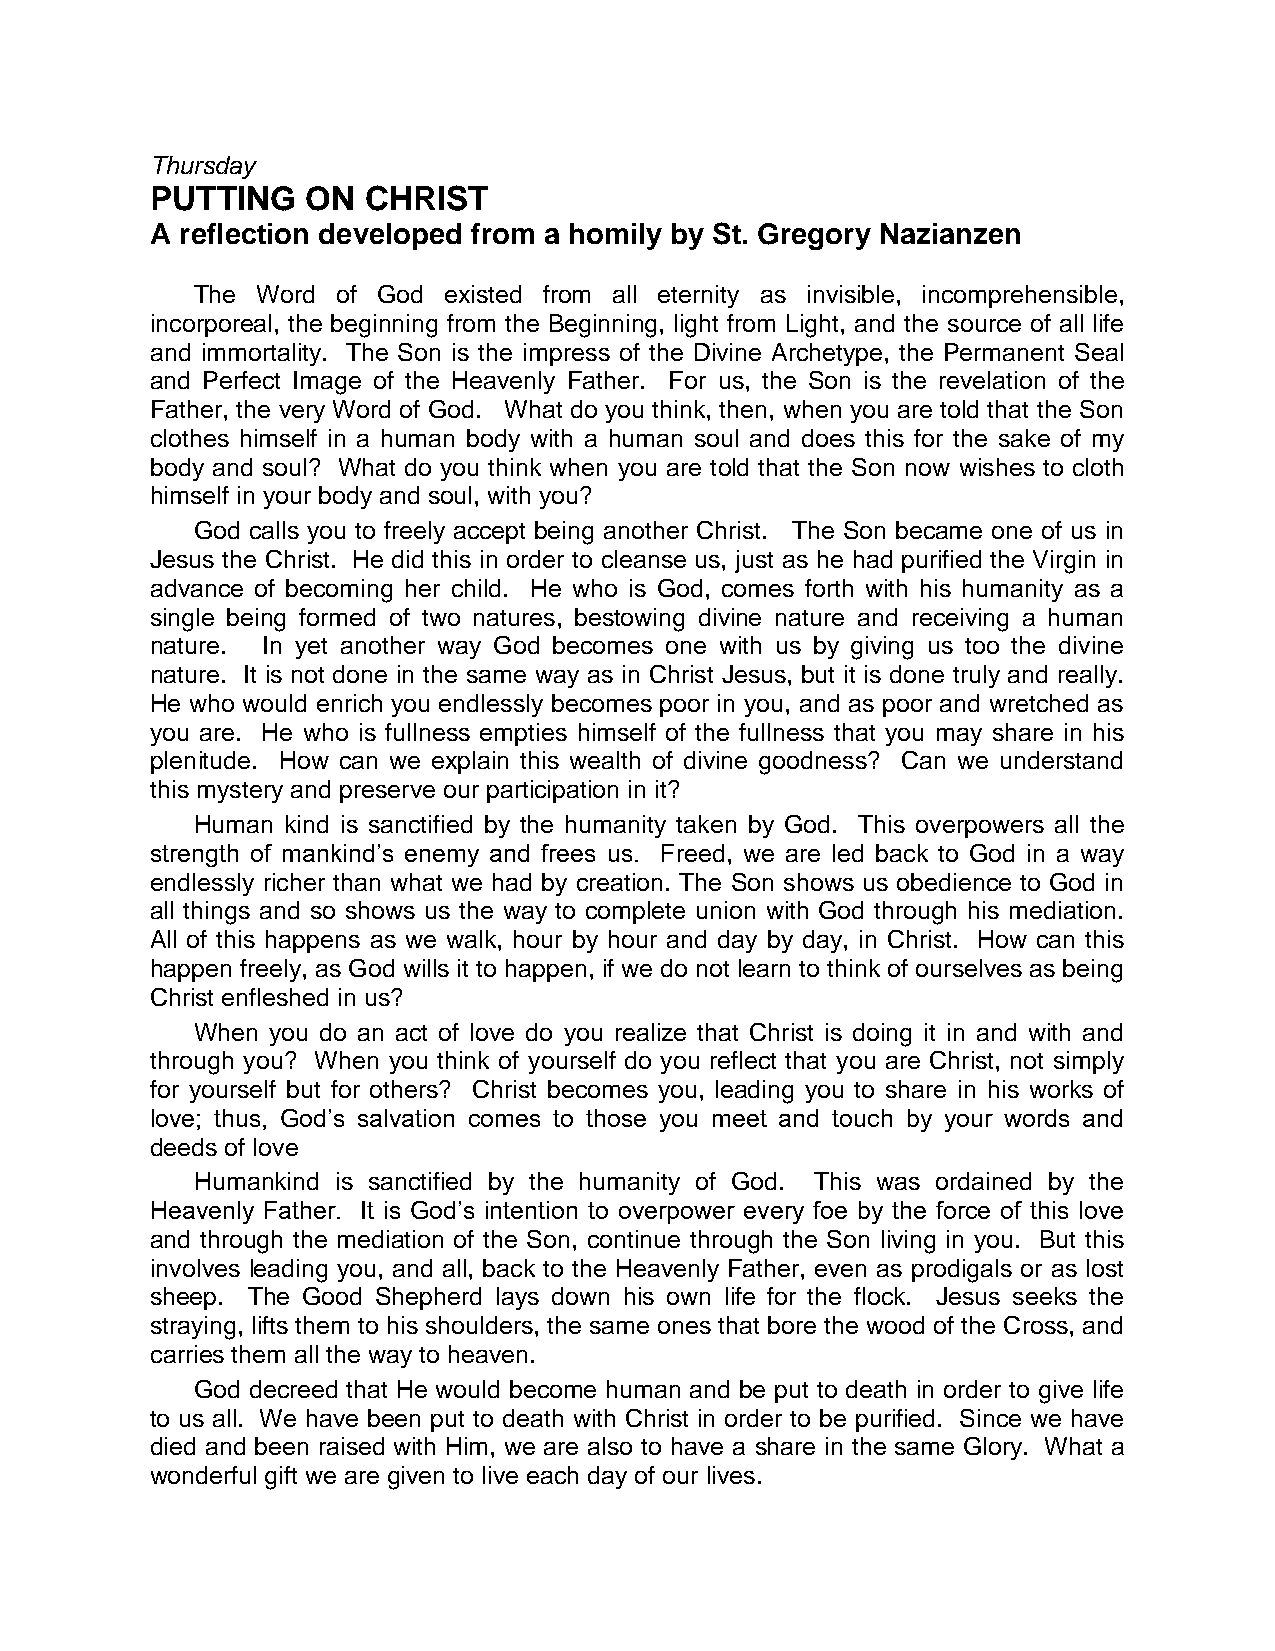
Thursday
 PUTTING   ON  CHRIST
 A reflection developed from a homily by St. Gregory Nazianzen
 The Word of God existed from all eternity as invisible, incomprehensible,
 incorporeal, the beginning from the Beginning, light from Light, and the source of all life
 and immortality. The Son is the impress of the Divine Archetype, the Permanent Seal
 and Perfect Image of the Heavenly Father. For us, the Son is the revelation of the
 Father, the very Word of God. What do you think, then, when you are told that the Son
 clothes himself in a human body with a human soul and does this for the sake of my
 body and soul? What do you think when you are told that the Son now wishes to cloth
 himself in your body and soul, with you?
 God calls you to freely accept being another Christ. The Son became one of us in
 Jesus the Christ. He did this in order to cleanse us, just as he had purified the Virgin in
 advance of becoming her child. He who is God, comes forth with his humanity as a
 single being formed of two natures, bestowing divine nature and receiving a human
 nature. In yet another way God becomes one with us by giving us too the divine
 nature. It is not done in the same way as in Christ Jesus, but it is done truly and really.
 He who would enrich you endlessly becomes poor in you, and as poor and wretched as
 you are. He who is fullness empties himself of the fullness that you may share in his
 plenitude. How can we explain this wealth of divine goodness? Can we understand
 this mystery and preserve our participation in it?
 Human kind is sanctified by the humanity taken by God. This overpowers all the
 strength of mankind’s enemy and frees us. Freed, we are led back to God in a way
 endlessly richer than what we had by creation. The Son shows us obedience to God in
 all things and so shows us the way to complete union with God through his mediation.
 All of this happens as we walk, hour by hour and day by day, in Christ. How can this
 happen freely, as God wills it to happen, if we do not learn to think of ourselves as being
 Christ enfleshed in us?
 When you do an act of love do you realize that Christ is doing it in and with and
 through you? When you think of yourself do you reflect that you are Christ, not simply
 for yourself but for others? Christ becomes you, leading you to share in his works of
 love; thus, God’s salvation comes to those you meet and touch by your words and
 deeds of love
 Humankind is sanctified by the humanity of God. This was ordained by the
 Heavenly Father. It is God’s intention to overpower every foe by the force of this love
 and through the mediation of the Son, continue through the Son living in you. But this
 involves leading you, and all, back to the Heavenly Father, even as prodigals or as lost
 sheep. The Good Shepherd lays down his own life for the flock. Jesus seeks the
 straying, lifts them to his shoulders, the same ones that bore the wood of the Cross, and
 carries them all the way to heaven.
 God decreed that He would become human and be put to death in order to give life
 to us all. We have been put to death with Christ in order to be purified. Since we have
 died and been raised with Him, we are also to have a share in the same Glory. What a
 wonderful gift we are given to live each day of our lives.